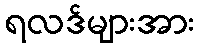
ရလဒ်များအား